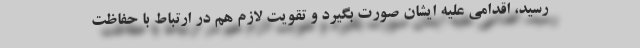
رسید، اقدامی علیه ایشان صورت بگیرد و تقویت لازم هم در ارتباط با حفاظت